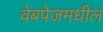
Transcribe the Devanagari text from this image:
वेबपेजमधील